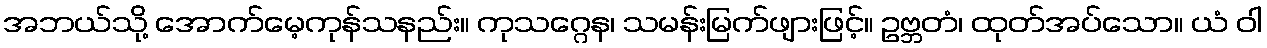
အဘယ်သို့ အောက်မေ့ကုန်သနည်း။ ကုသဂ္ဂေန၊ သမန်းမြက်ဖျားဖြင့်။ ဥဗ္ဘတံ၊ ထုတ်အပ်သော။ ယံ ဝါ